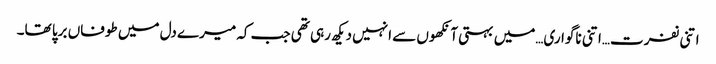
اتنی نفرت…اتنی ناگواری…میں بہتی آنکھوں سے انہیں دیکھ رہی تھی جب کہ میرے دل میں طوفاں برپا تھا۔